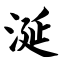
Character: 涎